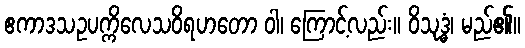
ဧကာဒသဥပက္ကိလေသဝိရဟတော ဝါ၊ ကြောင့်လည်း။ ဝိသုဒ္ဓံ၊ မည်၏။